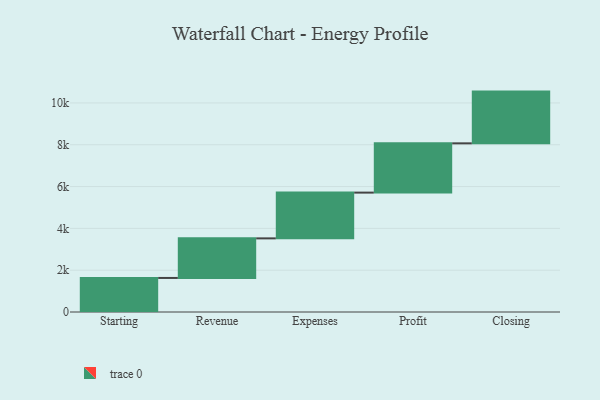
{"axis": {"x": "Step", "y": "Value"}, "legend": [""], "data": [{"x": "Starting", "y": 1629.0, "type": ""}, {"x": "Revenue", "y": 1893.0, "type": ""}, {"x": "Expenses", "y": 2189.0, "type": ""}, {"x": "Profit", "y": 2357.0, "type": ""}, {"x": "Closing", "y": 2475.0, "type": ""}]}